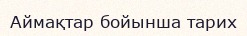
Аймақтар бойынша тарих